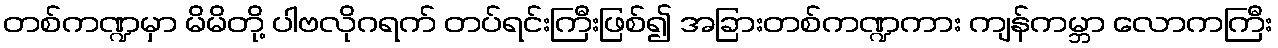
တစ်ကဏ္ဍမှာ မိမိတို့ ပါဗလိုဂရက် တပ်ရင်းကြီးဖြစ်၍ အခြားတစ်ကဏ္ဍကား ကျန်ကမ္ဘာ လောကကြီး